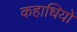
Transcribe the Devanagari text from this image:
कहाधियों